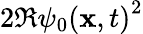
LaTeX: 2\Re{\psi_{0}(\mathbf{x},t)}^{2}